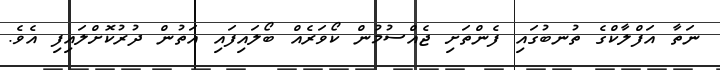
ނަތާ އަފްލާކްގެ ތުނބުގައި ފެންތަށި ޖެއްސުމުން ކޯވަރެއް ބޯލައިފައި އަތުން ދުރުކޮށްލައިފި އެވެ.